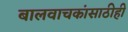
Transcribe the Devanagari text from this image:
बालवाचकांसाठीही